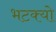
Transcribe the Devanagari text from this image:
भटक्‍यो